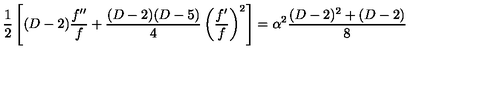
\frac { 1 } { 2 } \left[ ( D - 2 ) \frac { f ^ { \prime \prime } } { f } + \frac { ( D - 2 ) ( D - 5 ) } { 4 } \left( \frac { f ^ { \prime } } { f } \right) ^ { 2 } \right] = \alpha ^ { 2 } \frac { ( D - 2 ) ^ { 2 } + ( D - 2 ) } { 8 }